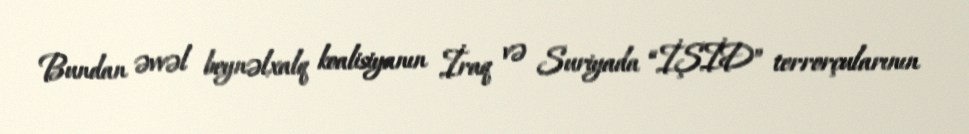
Bundan əvvəl beynəlxalq koalisiyanın İraq və Suriyada “İŞİD” terrorçularının